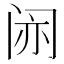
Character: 𫔱